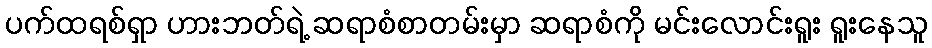
ပက်ထရစ်ရှာ ဟားဘတ်ရဲ့ ဆရာစံစာတမ်းမှာ ဆရာစံကို မင်းလောင်းရူး ရူးနေသူ